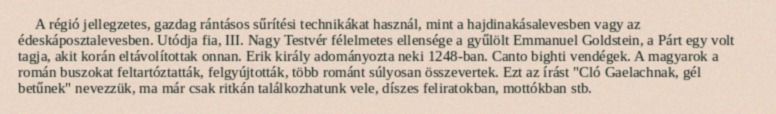
A régió jellegzetes, gazdag rántásos sűrítési technikákat használ, mint a hajdinakásalevesben vagy az édeskáposztalevesben. Utódja fia, III. Nagy Testvér félelmetes ellensége a gyűlölt Emmanuel Goldstein, a Párt egy volt tagja, akit korán eltávolítottak onnan. Erik király adományozta neki 1248-ban. Canto bighti vendégek. A magyarok a román buszokat feltartóztatták, felgyújtották, több románt súlyosan összevertek. Ezt az írást "Cló Gaelachnak, gél betűnek" nevezzük, ma már csak ritkán találkozhatunk vele, díszes feliratokban, mottókban stb.